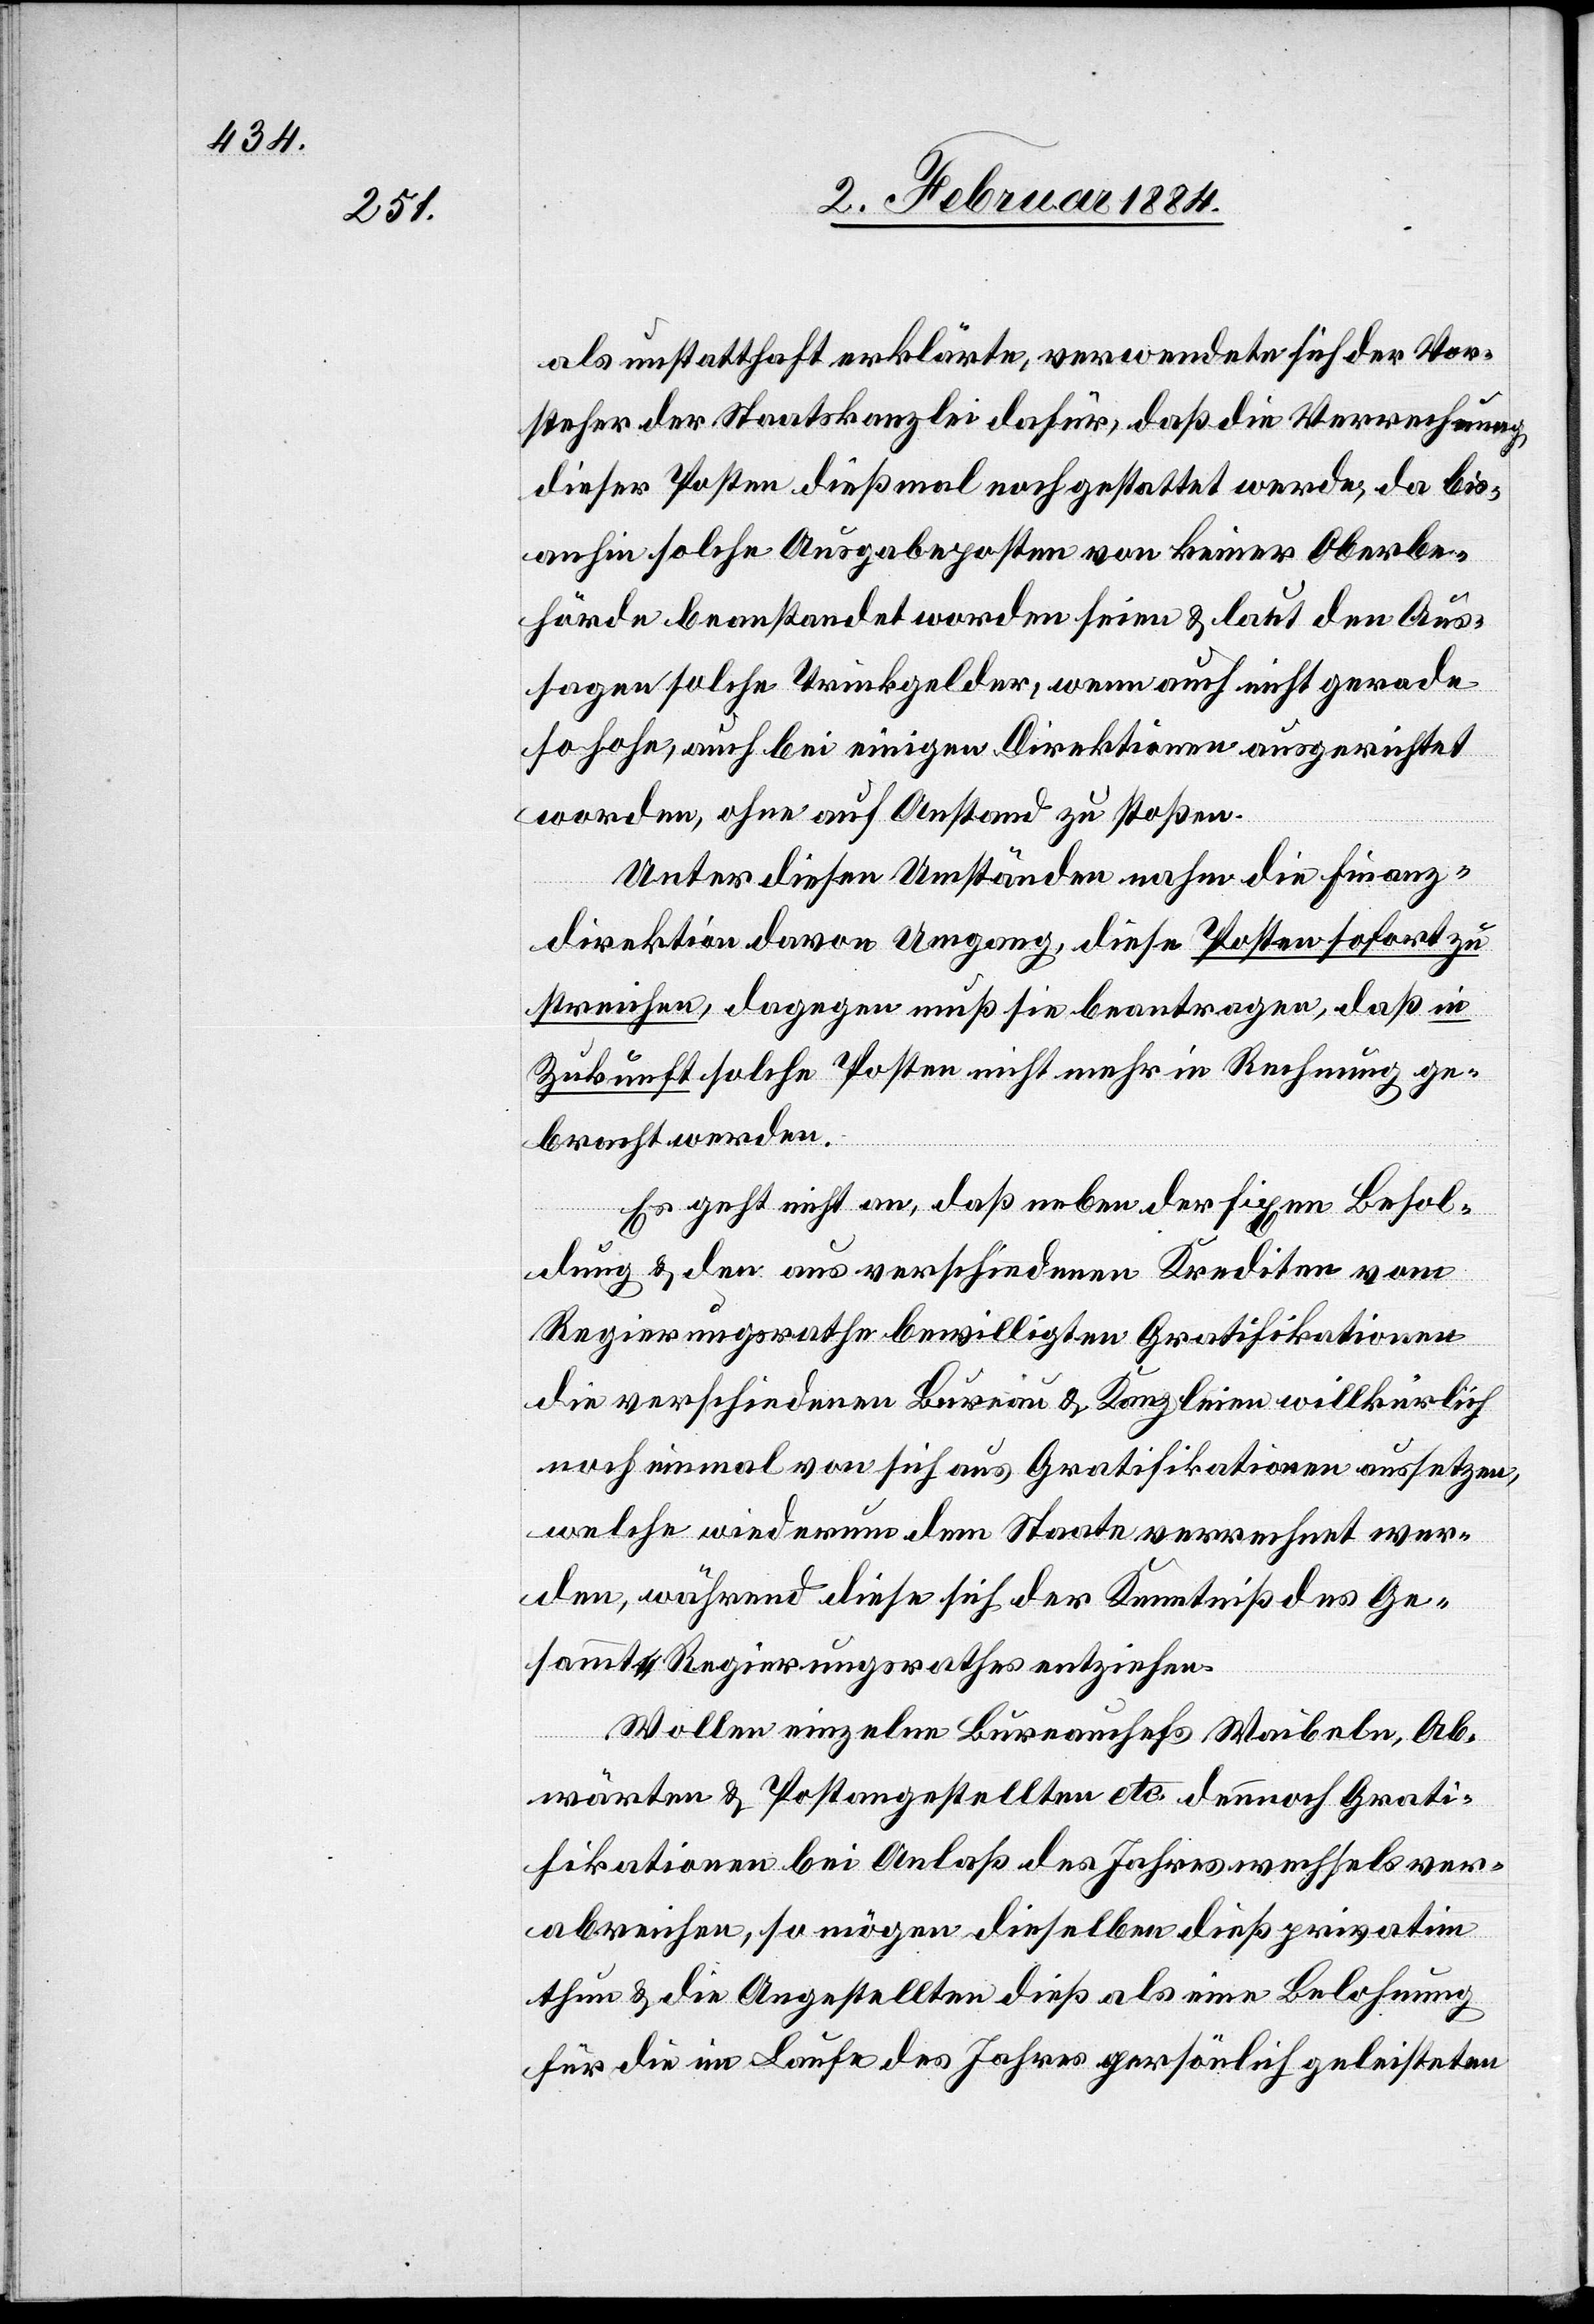
als unstatthaft erklärte, verwendete sich der Vor¬
steher der Staatskanzlei dafür, daß die Verrechnung
dieser Posten dießmal noch gestattet werde, da bis
anhin solche Ausgabenposten von keiner Oberbe¬
hörde beanstandet worden seien & laut den Aus¬
lagen solche Trinkgelder, wenn auch nicht gerade
so hohe, auch bei einigen Direktionen ausgerichtet
worden, ohne auf Anstand zu stoßen.
Unter diesen Umständen nahm die Finanz¬
direktion davon Umgang, diese Posten sofort zu
streichen, dagegen muß sie beantragen, daß in
Zukunft solche Posten nicht mehr in Rechnung ge¬
bracht werden.
Es geht nicht an, daß neben der fixen Besol¬
dung & den aus verschiedenen Krediten vom
Regierungsrathe bewilligten Gratifikationen
die verschiedenen Bureau & Kanzleien willkürlich
noch einmal von sich aus Gratifikationen aussetzen,
welche wiederum dem Staate verrechnet wer¬
den, während diese sich der Kenntniß des Ge¬
sammt-Regierungsrathes entziehen.
Wollen einzelne Bureauchefs Waibeln, Ab¬
wärten & Postangestellten etc. dennoch Grati¬
fikationen bei Anlaß des Jahreswechsels ver¬
abreichen, so mögen dieselben dieß privatim
thun & die Angestellten dieß als eine Belohnung
für die im Laufe des Jahres persönlich geleisteten